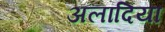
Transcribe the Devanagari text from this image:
अलादिया